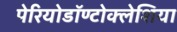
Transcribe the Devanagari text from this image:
पेरियोडॉण्टोक्लेशिया